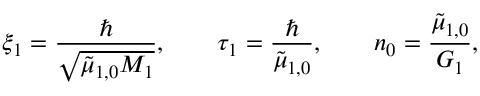
\xi _ { 1 } = \frac { \hbar } { \sqrt { { \tilde { \mu } _ { 1 , 0 } } M _ { 1 } } } , \qquad \tau _ { 1 } = \frac { \hbar } { { \tilde { \mu } _ { 1 , 0 } } } , \qquad n _ { 0 } = \frac { { \tilde { \mu } _ { 1 , 0 } } } { G _ { 1 } } ,